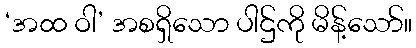
‘အထ ဝါ’ အစရှိသော ပါဌ်ကို မိန့်သော်။